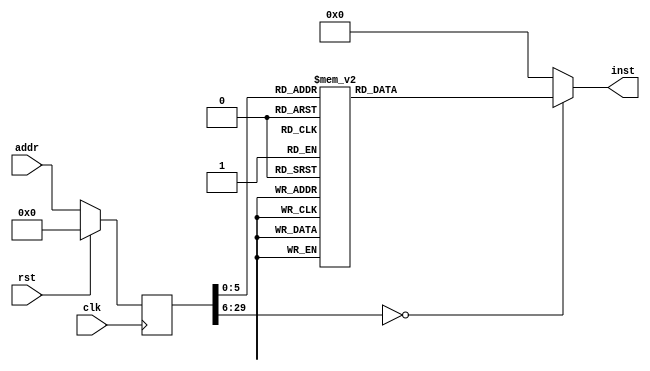
module asmtest(input clk, input rst, input [29:0] addr, output reg [31:0] inst);
reg [29:0] addr_r;
always @(posedge clk)
begin
addr_r <= (rst) ? (30'b0) : (addr);
end
always @(*)
begin
case(addr_r)
30'h00000000: inst = 32'h24170000;
30'h00000001: inst = 32'h24100020;
30'h00000002: inst = 32'h24080020;
30'h00000003: inst = 32'h1510001a;
30'h00000004: inst = 32'h26f70001;
30'h00000005: inst = 32'h24100001;
30'h00000006: inst = 32'h24081000;
30'h00000007: inst = 32'h001080c0;
30'h00000008: inst = 32'h15100015;
30'h00000009: inst = 32'h26f7000a;
30'h0000000a: inst = 32'h24101000;
30'h0000000b: inst = 32'h24080001;
30'h0000000c: inst = 32'h001080c2;
30'h0000000d: inst = 32'h15100010;
30'h0000000e: inst = 32'h26f7000b;
30'h0000000f: inst = 32'h3c101111;
30'h00000010: inst = 32'h36101000;
30'h00000011: inst = 32'h3c081111;
30'h00000012: inst = 32'h35081110;
30'h00000013: inst = 32'h00108083;
30'h00000014: inst = 32'h15100009;
30'h00000015: inst = 32'h26f7000c;
30'h00000016: inst = 32'h24110003;
30'h00000017: inst = 32'h24100001;
30'h00000018: inst = 32'h24081000;
30'h00000019: inst = 32'h02308007;
30'h0000001a: inst = 32'h15100003;
30'h0000001b: inst = 32'h26f7000d;
30'h0000001c: inst = 32'h08000021;
30'h0000001d: inst = 32'h00000000;
30'h0000001e: inst = 32'h3c108000;
30'h0000001f: inst = 32'h36100008;
30'h00000020: inst = 32'hae170000;
30'h00000021: inst = 32'h241100ff;
30'h00000022: inst = 32'h3c108000;
30'h00000023: inst = 32'h36100008;
30'h00000024: inst = 32'hae110000;
default:      inst = 32'h00000000;
endcase
end
endmodule